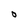
Character: O